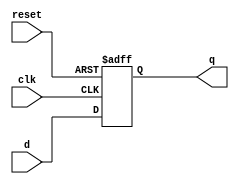
`ifndef _flopr_v_
`define _flopr_v_ 

module flopr(clk, reset,d,q);
input clk,reset;
input [31:0] d;
output reg [31:0] q;


always@(posedge clk, posedge reset)
begin
    if (reset) q <= 0;
    else       q <= d;
end

endmodule
`endif